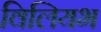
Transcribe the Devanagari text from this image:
विलियभ